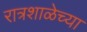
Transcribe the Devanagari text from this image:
रात्रशाळेच्या